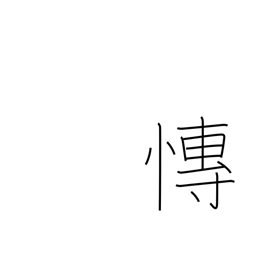
Meaning: grieving